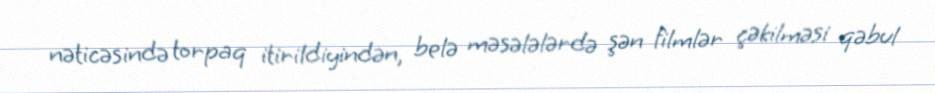
nəticəsində torpaq itirildiyindən, belə məsələlərdə şən filmlər çəkilməsi qəbul